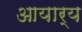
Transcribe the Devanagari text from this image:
आयार्य